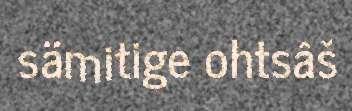
sämitige ohtsâš